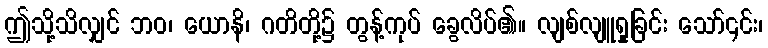
ဤသို့သိလျှင် ဘဝ၊ ယောနိ၊ ဂတိတို့၌ တွန့်ကုပ် ခွေလိပ်၏။ လျစ်လျူရှုခြင်း သော်၎င်း၊